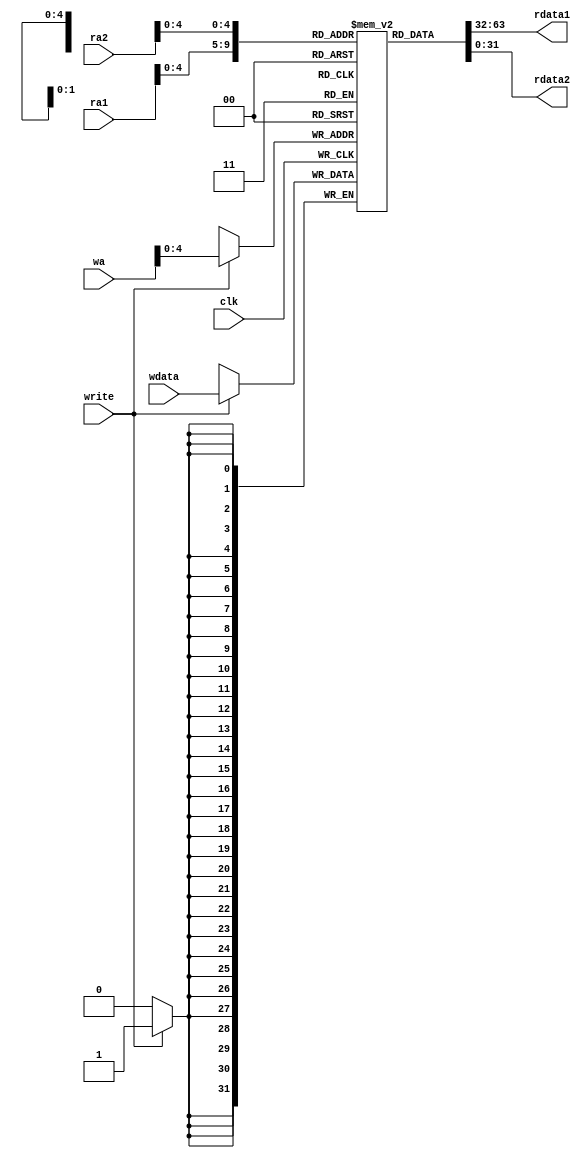
module register(ra1,ra2,wa,clk,write,rdata1,rdata2,wdata);
input [31:0] wdata;
input [5:0] ra2,ra1,wa;
input write,clk;
output [31:0] rdata1,rdata2;
reg [31:0] mem [0:31] ;
assign rdata1 = mem[ra1];
assign rdata2 = mem[ra2];

always @(posedge clk)
begin
	if(write)
	begin
		mem[wa]=wdata;
	end
end
endmodule